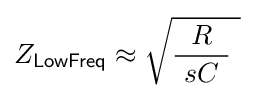
Z_{\mathsf {LowFreq}}\approx {\sqrt {{\frac {R}{\ sC\ }}\ }}\